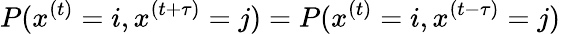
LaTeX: P(x^{(t)}=i,x^{(t+\tau)}=j)=P(x^{(t)}=i,x^{(t-\tau)}=j)